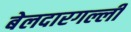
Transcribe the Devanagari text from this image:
बेलदारगल्ली